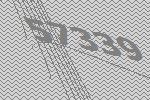
57339